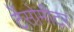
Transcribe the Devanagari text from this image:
टेंसोमीटर